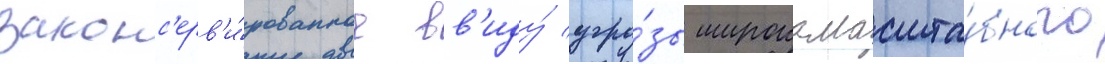
законс'ерв'и́рованное вв'иду́ угро́зы широкомасшта́бного